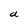
Character: a